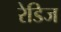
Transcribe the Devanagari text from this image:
रेडिज